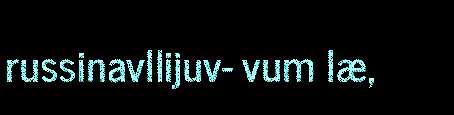
russinavllijuv- vum læ,